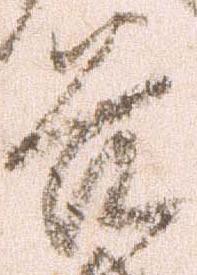
谷